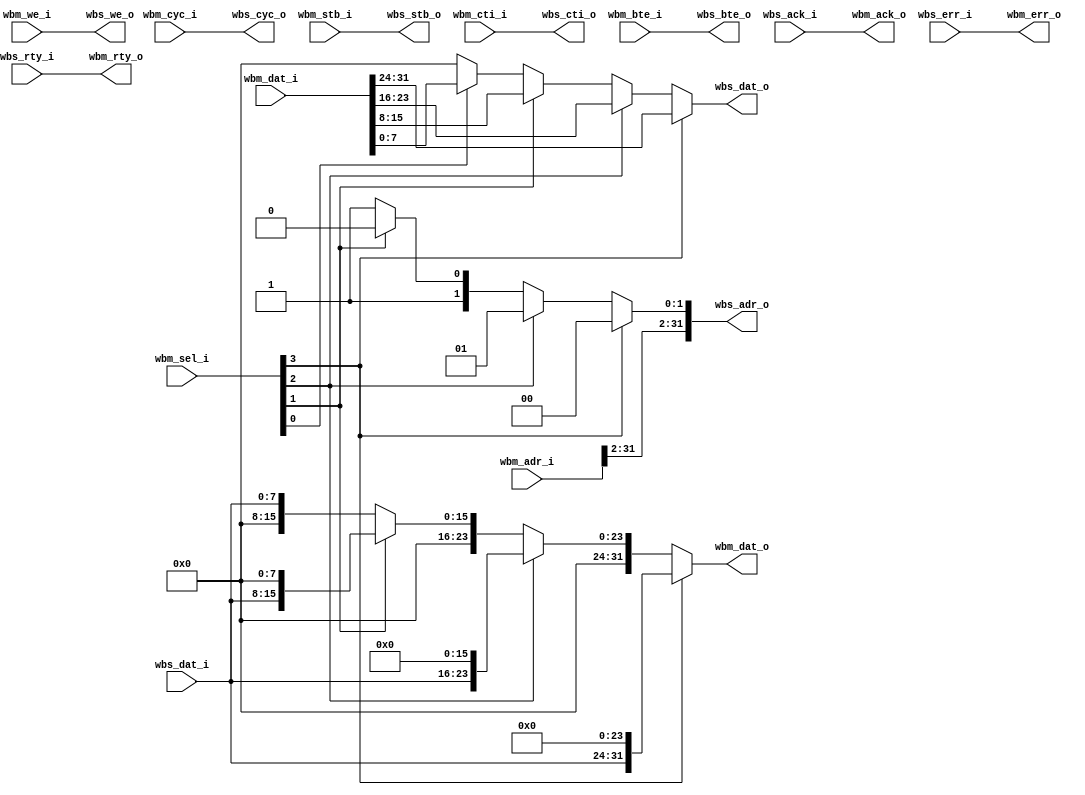
/* wb_data_resize. Part of wb_intercon
 *
 * ISC License
 *
 * Copyright (C) 2019  Olof Kindgren <olof.kindgren@gmail.com>
 *
 * Permission to use, copy, modify, and/or distribute this software for any
 * purpose with or without fee is hereby granted, provided that the above
 * copyright notice and this permission notice appear in all copies.
 *
 * THE SOFTWARE IS PROVIDED "AS IS" AND THE AUTHOR DISCLAIMS ALL WARRANTIES
 * WITH REGARD TO THIS SOFTWARE INCLUDING ALL IMPLIED WARRANTIES OF
 * MERCHANTABILITY AND FITNESS. IN NO EVENT SHALL THE AUTHOR BE LIABLE FOR
 * ANY SPECIAL, DIRECT, INDIRECT, OR CONSEQUENTIAL DAMAGES OR ANY DAMAGES
 * WHATSOEVER RESULTING FROM LOSS OF USE, DATA OR PROFITS, WHETHER IN AN
 * ACTION OF CONTRACT, NEGLIGENCE OR OTHER TORTIOUS ACTION, ARISING OUT OF
 * OR IN CONNECTION WITH THE USE OR PERFORMANCE OF THIS SOFTWARE.
 */
module wb_data_resize
  #(parameter aw  = 32, //Address width
    parameter mdw = 32, //Master Data Width
    parameter sdw = 8) //Slave Data Width
   (//Wishbone Master interface
    input  [aw-1:0]  wbm_adr_i,
    input  [mdw-1:0] wbm_dat_i,
    input  [3:0]     wbm_sel_i,
    input 	     wbm_we_i,
    input 	     wbm_cyc_i,
    input 	     wbm_stb_i,
    input  [2:0]     wbm_cti_i,
    input  [1:0]     wbm_bte_i,
    output [mdw-1:0] wbm_dat_o,
    output 	     wbm_ack_o,
    output 	     wbm_err_o,
    output 	     wbm_rty_o, 
    // Wishbone Slave interface
    output [aw-1:0]  wbs_adr_o,
    output [sdw-1:0] wbs_dat_o,
    output 	     wbs_we_o,
    output 	     wbs_cyc_o,
    output 	     wbs_stb_o,
    output [2:0]     wbs_cti_o,
    output [1:0]     wbs_bte_o,
    input  [sdw-1:0] wbs_dat_i,
    input 	     wbs_ack_i,
    input 	     wbs_err_i,
    input 	     wbs_rty_i);

   assign wbs_adr_o[aw-1:2] = wbm_adr_i[aw-1:2];
   assign wbs_adr_o[1:0] = wbm_sel_i[3] ? 2'd0 :
			   wbm_sel_i[2] ? 2'd1 :
			   wbm_sel_i[1] ? 2'd2 : 2'd3;
   assign wbs_dat_o = wbm_sel_i[3] ? wbm_dat_i[31:24] :
		      wbm_sel_i[2] ? wbm_dat_i[23:16] :
		      wbm_sel_i[1] ? wbm_dat_i[15:8]  :
		      wbm_sel_i[0] ? wbm_dat_i[7:0]   : 8'b0;
   
   assign wbs_we_o  = wbm_we_i;

   assign wbs_cyc_o = wbm_cyc_i;
   assign wbs_stb_o = wbm_stb_i;
   
   assign wbs_cti_o = wbm_cti_i;
   assign wbs_bte_o = wbm_bte_i;
   
   assign wbm_dat_o = (wbm_sel_i[3]) ? {wbs_dat_i, 24'd0} :
		      (wbm_sel_i[2]) ? {8'd0 , wbs_dat_i, 16'd0} :
		      (wbm_sel_i[1]) ? {16'd0, wbs_dat_i, 8'd0} :
	              {24'd0, wbs_dat_i};
   assign wbm_ack_o = wbs_ack_i;
   assign wbm_err_o = wbs_err_i;
   assign wbm_rty_o = wbs_rty_i;
   
endmodule